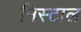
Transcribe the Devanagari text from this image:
मिस्टाल